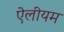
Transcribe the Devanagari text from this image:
ऐलीयम